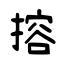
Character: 搈